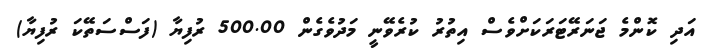
އަދި ކޮންމެ ޖަނަރޭޓަރަކަށްވެސް އިތުރު ކުރެވޭނީ މަދުވެގެން 500.00 ރުފިޔާ (ފަސްސަތޭކަ ރުފިޔާ)